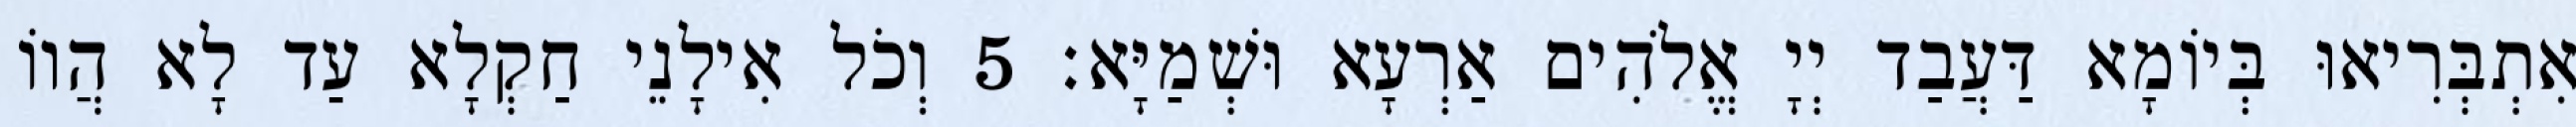
אִתְבְּרִיאוּ בְּיוֹמָא דַּעֲבַד יְיָ אֱלֹהִים אַרְעָא וּשְׁמַיָּא׃ 5 וְכֹל אִילָנֵי חַקְלָא עַד לָא הֲווֹ